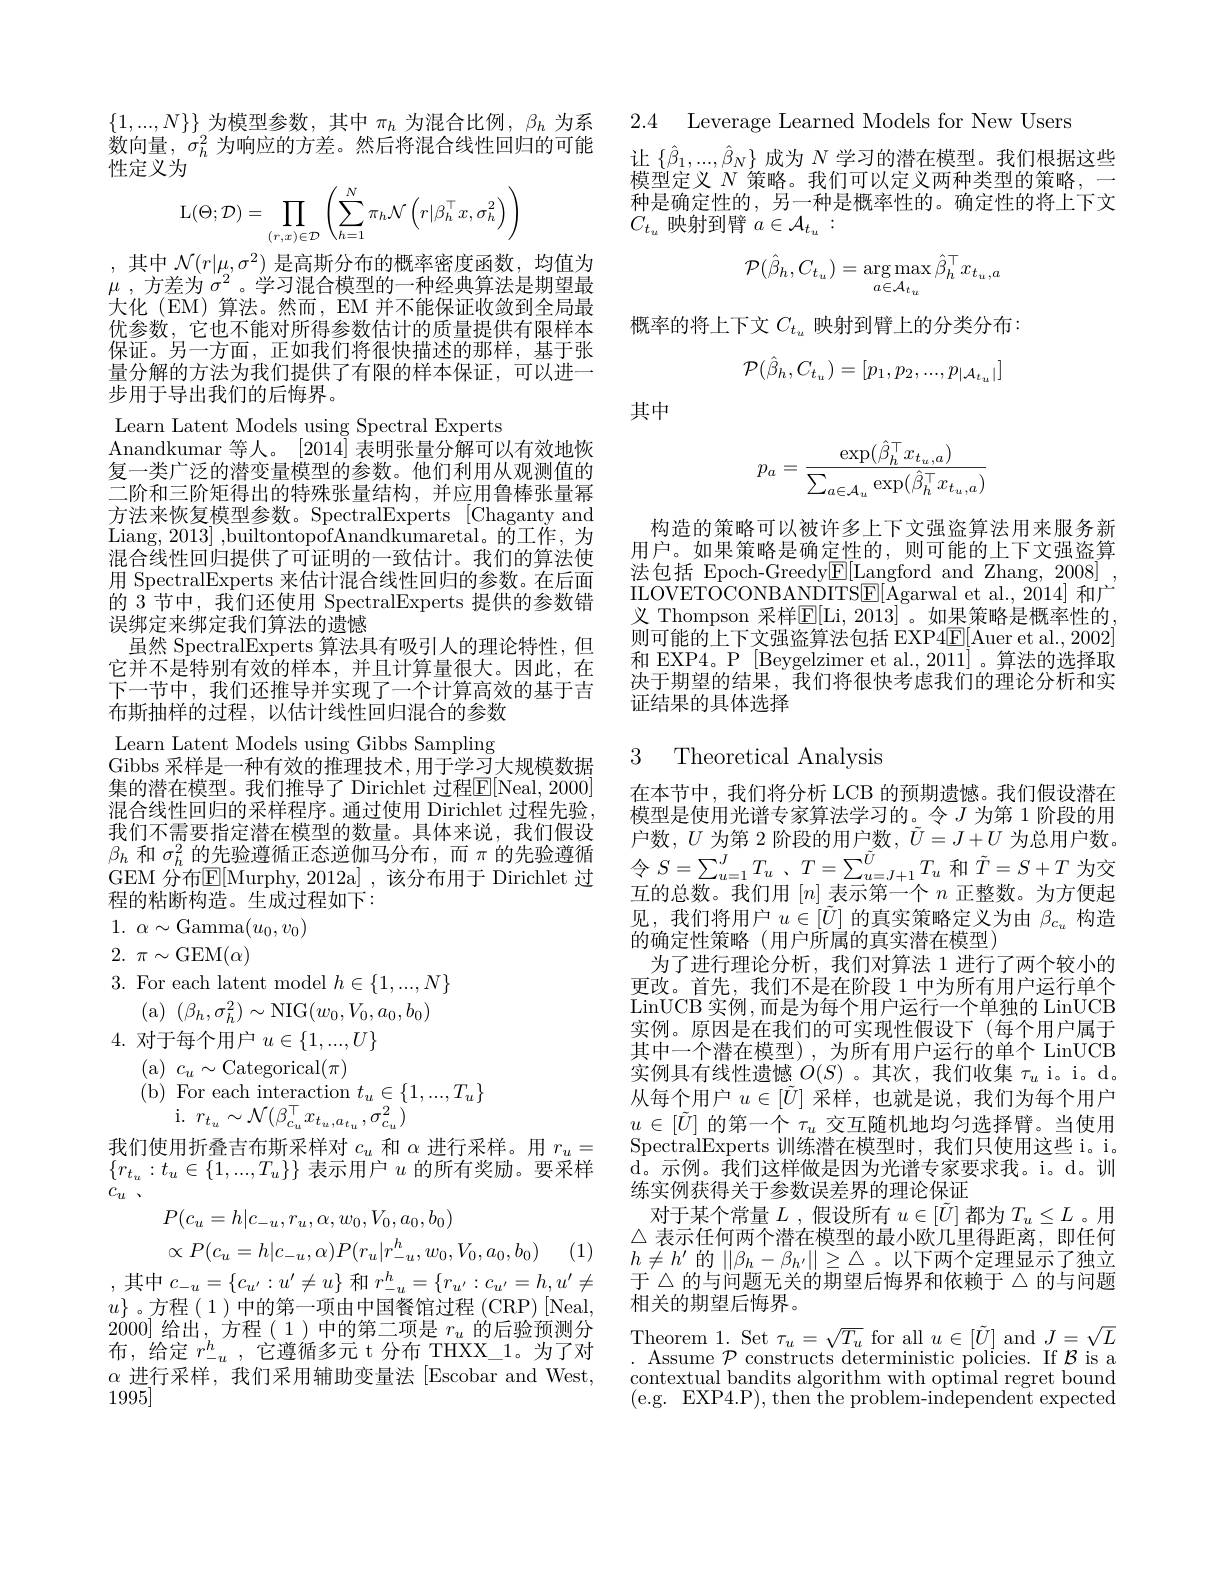
$\{1,...,N\}\}$为模型参数，其中$\pi_h$为混合比例，$\beta_h$为系数向量，$\sigma_h^2$为响应的方差。然后将混合线性回归的可能性定义为
$$\mathrm{L}(\Theta;\mathcal{D})=\prod_{(r,x)\in\mathcal{D}}\left(\sum_{h=1}^{N}\pi_{h}\mathcal{N}\left(r|\beta_{h}^{\top}x,\sigma_{h}^{2}\right)\right)$$
,其中 $\mathcal{N}(r|\mu_2,\sigma^2)$ 是高斯分布的概率密度函数，均值为$\mu$ , 方差为 $\sigma^2$ 。学习混合模型的一种经典算法是期望最大化 (EM) 算法。然而，EM 并不能保证收敛到全局最优参数，它也不能对所得参数估计的质量提供有限样本保证。另一方面，正如我们将很快描述的那样，基于张量分解的方法为我们提供了有限的样本保证，可以进一步用于导出我们的后悔界。
Learn Latent Models using Spectral Experts
Anandkumar 等人。[2014]表明张量分解可以有效地恢复一类广泛的潜变量模型的参数。他们利用从观测值的二阶和三阶矩得出的特殊张量结构，并应用鲁棒张量幂方法来恢复模型参数。SpectralExperts [Chaganty and Liang, 2013] ,builtontopofAnandkumaretal。的工作，为混合线性回归提供了可证明的一致估计。我们的算法使用 SpectralExperts 来估计混合线性回归的参数。在后面的 3 节中，我们还使用 SpectralExperts 提供的参数错误绑定来绑定我们算法的遗憾
虽然 SpectralExperts 算法具有吸引人的理论特性，但它并不是特别有效的样本，并且计算量很大。因此，在下一节中，我们还推导并实现了一个计算高效的基于吉布斯抽样的过程，以估计线性回归混合的参数Learn Latent Models using Gibbs Sampling Gibbs 采样是一种有效的推理技术，用于学习大规模数据集的潜在模型。我们推导了 Dirichlet 过程$\mathbb{E}[$Neal, 2000] 混合线性回归的采样程序。通过使用 Dirichlet 过程先验， 我们不需要指定潜在模型的数量。具体来说，我们假设$\beta_h$和$\sigma_h^2$的先验遵循正态逆伽马分布，而$\pi$的先验遵循GEM 分布$\mathbb{E}[$Murphy, 2012a] , 该分布用于 Dirichlet 过程的粘断构造。生成过程如下：
1. $\alpha \sim$Gamma$(u_0,v_0)$
2. $\pi \sim$GEM$(\alpha)$

3. For each latent model $h\in\{1,...,N\}$
(a$)\pmod(\beta_{h},\sigma_{h}^{2})\sim$NIG$(w_0,V_{0},a_{0},b_{0})$
4.对于每个用户$u\in\{1,...,U\}$
(a$)~c_u\sim$Categorical$(\pi)$
(b)For each interaction $t_u\in\{1,...,T_u\}$
i.$r_{t_u}\sim\mathcal{N}(\beta_{c_u}^{\top}x_{t_u,a_{t_u}},\sigma_{c_u}^{2})$

我们使用折叠吉布斯采样对$c_u$和$\alpha$进行采样。用$r_u=$ $\{r_{t_u}:t_u\in\{1,...,T_u\}\}$表示用户$u$的所有奖励。要采样$c_u$ $、$
$$P(c_u=h|c_{-u},r_u,\alpha,w_0,V_0,a_0,b_0)$$
$$\propto P(c_u=h|c_{-u},\alpha)P(r_u|r_{-u}^h,w_0,V_0,a_0,b_0)$$
(1)

,其中$c_-u=\{c_{u^{\prime}}:u^{\prime}\neq u\}$ 和 $r_-u^h=\{r_{u^{\prime}}:c_{u^{\prime}}=h,u^{\prime}\neq$ $u\}$。方程$\left(\begin{array}{c}1\end{array}\right)$中的第一项由中国餐馆过程 (CRP)[Neal, $2\dot{0}00]$给出，方程(1)中的第二项是$r_u$的后验预测分布，给定$r_-u^h$,它遵循多元 t 分布 THXX\_1。为了对$\alpha$进行采样，我们采用辅助变量法 [Escobar and West, 1995]

2.4 Leverage Learned Models for New Users

让$\{\hat{\beta}_1,...,\hat{\beta}_N\}$成为$N$学习的潜在模型。我们根据这些模型定义$N$策略。我们可以定义两种类型的策略，一种是确定性的，另一种是概率性的。确定性的将上下文$C_{t_u}$映射到臂$a\in\mathcal{A}_t_u:$
$$\mathcal{P}(\hat{\beta}_h,C_{t_u})=\underset{a\in\mathcal{A}_{t_u}}{\operatorname*{\arg\max}}\hat{\beta}_h^\top x_{t_u,a}$$
概率的将上下文$C_{t_u}$映射到臂上的分类分布：
$$\mathcal{P}(\hat{\beta}_{h},C_{t_{u}})=[p_{1},p_{2},...,p_{|\mathcal{A}_{t_{u}}|}]$$
其中
$$p_a=\frac{\exp(\hat{\beta}_h^\top x_{t_u,a})}{\sum_{a\in\mathcal{A}_u}\exp(\hat{\beta}_h^\top x_{t_u,a})}$$
构造的策略可以被许多上下文强盗算法用来服务新用户。如果策略是确定性的，则可能的上下文强盗算法包括 Epoch-Greedy$\overline{\mathrm{E}}[$Langford and Zhang, 2008] ILOVETOCONBANDITSE[Agarwal et al., 2014] 和广义 Thompson 采样$\mathbb{E}[$Li,2013]。如果策略是概率性的则可能的上下文强盗算法包括 EXP4[E[Auer et al., 2002] 和 EXP4。P [Beygelzimer et al., 2011]。算法的选择取决于期望的结果，我们将很快考虑我们的理论分析和实证结果的具体选择

## 3 Theoretical Analysis

在本节中，我们将分析 LCB 的预期遗憾。我们假设潜在模型是使用光谱专家算法学习的。令$J$为第 1 阶段的用户数，$U$为第 2 阶段的用户数$,\tilde{U}=J+U$为总用户数。$令$ $S= \sum _{u= 1}^{J}T_{u}$ , $T= \sum _{u= J+ 1}^{\tilde{U} }T_{u}$ 和$\tilde{T}=S+T$ 为交互的总数。我们用$[n]$表示第一个$n$正整数。为方便起见，我们将用户$u\in[\tilde{U}]$的真实策略定义为由$\beta_c_u$构造的确定性策略(用户所属的真实潜在模型)
为了进行理论分析，我们对算法 1 进行了两个较小的更改。首先，我们不是在阶段 1 中为所有用户运行单个LinUCB 实例，而是为每个用户运行一个单独的 LinUCB 实例。原因是在我们的可实现性假设下(每个用户属于其中一个潜在模型),为所有用户运行的单个 LinUCB 实例具有线性遗憾$O(S)$。其次，我们收集 $\tau_u$ i。i。d。从每个用户$u\in[\tilde{U}]$采样，也就是说，我们为每个用户$u\in[\tilde{U}]$的第一个$\tau_u$交互随机地均匀选择臂。当使用SpectralExperts 训练潜在模型时，我们只使用这些 i。d。示例。我们这样做是因为光谱专家要求我。i。d。训练实例获得关于参数误差界的理论保证
对于某个常量$L$ ,假设所有$u\in[\tilde{U}]$都为$T_u\leq L$ 。用$\triangle$表示任何两个潜在模型的最小欧几里得距离，即任何$h\neq h^{\prime}$的$\|\beta_h-\beta_{h^{\prime}}\|\geq\triangle$。以下两个定理显示了独立于 △的与问题无关的期望后悔界和依赖于 △ 的与问题相关的期望后悔界。
Theorem 1. Set $\tau_u=\sqrt{T_u}$ for all $u\in[\tilde{U}]$ and $J=\sqrt{L}$ . Assume $\mathcal{P}$ constructs deterministic policies. If $\mathcal{B}$ is a contextual bandits algorithm with optimal regret bound (e.g. EXP4.P), then the problem-independent expected